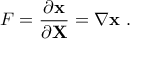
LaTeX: { \boldsymbol { F } } = { \frac { \partial \mathbf { x } } { \partial \mathbf { X } } } = \nabla { \boldsymbol { \mathbf { x } } } ~ .